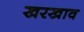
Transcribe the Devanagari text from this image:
खरखाव